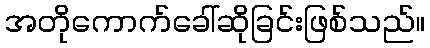
အတိုကောက်ခေါ်ဆိုခြင်းဖြစ်သည်။